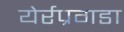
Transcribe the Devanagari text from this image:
येर्रप्रगडा